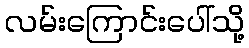
လမ်းကြောင်းပေါ်သို့